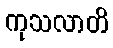
ကုသလာတိ